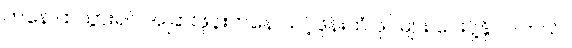
ကနေ ထဲသွားရင် အခြားဖုန်းကနေ သင့်ဖုန်းထံ ဖိုင်များ ပေးပို့နိုင်ပါတယ်။